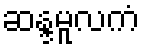
ဆန္ဒမူလကံ